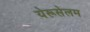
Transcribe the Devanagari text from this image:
येरूसेलम